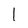
Character: l